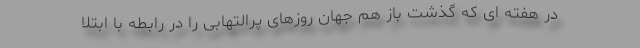
در هفته ای که گذشت باز هم جهان روزهای پرالتهابی را در رابطه با ابتلا